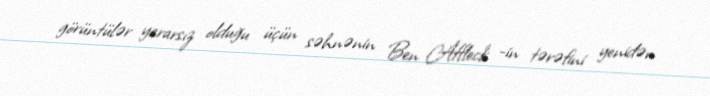
görüntülər yararsız olduğu üçün səhnənin Ben Affleck -in tərəfini yenidən